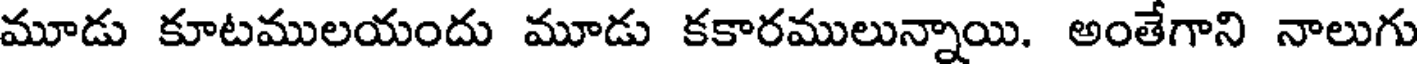
మూడు కూటములయందు మూడు కకారములున్నాయి. అంతేగాని నాలుగు